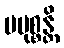
ပမုစ္စန္တိ